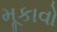
મૂકાવો